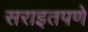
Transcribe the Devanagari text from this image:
सराइतपणे